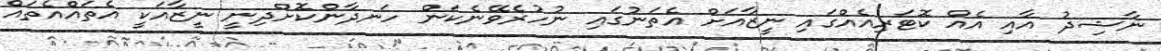
ނާޝިދު އާއި އެއް ކޮޓަރިއެއްގައި ނީޒާއަށް އެތަނުގައި ނުހުރެވޭނެކަން ހަނދާންކޮށްދިނީ ނީޒާއަކީ އެތައްއެތައް